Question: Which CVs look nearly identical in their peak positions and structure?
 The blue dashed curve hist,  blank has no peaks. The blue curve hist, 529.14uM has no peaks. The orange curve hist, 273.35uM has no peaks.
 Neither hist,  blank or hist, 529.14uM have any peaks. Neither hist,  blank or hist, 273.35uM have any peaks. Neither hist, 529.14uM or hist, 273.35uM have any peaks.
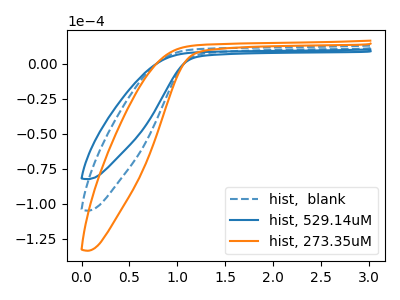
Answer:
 <answer>"hist, 529.14uM", "hist,  blank" and "hist, 273.35uM" have the same shape and are likely CV's of the same chemical.</answer>
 <eval>"hist, 529.14uM" "hist,  blank" "hist, 273.35uM"</eval>